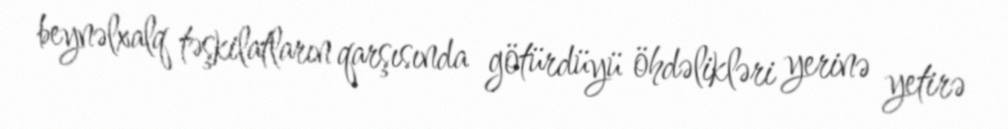
beynəlxalq təşkilatların qarşısında götürdüyü öhdəlikləri yerinə yetirə